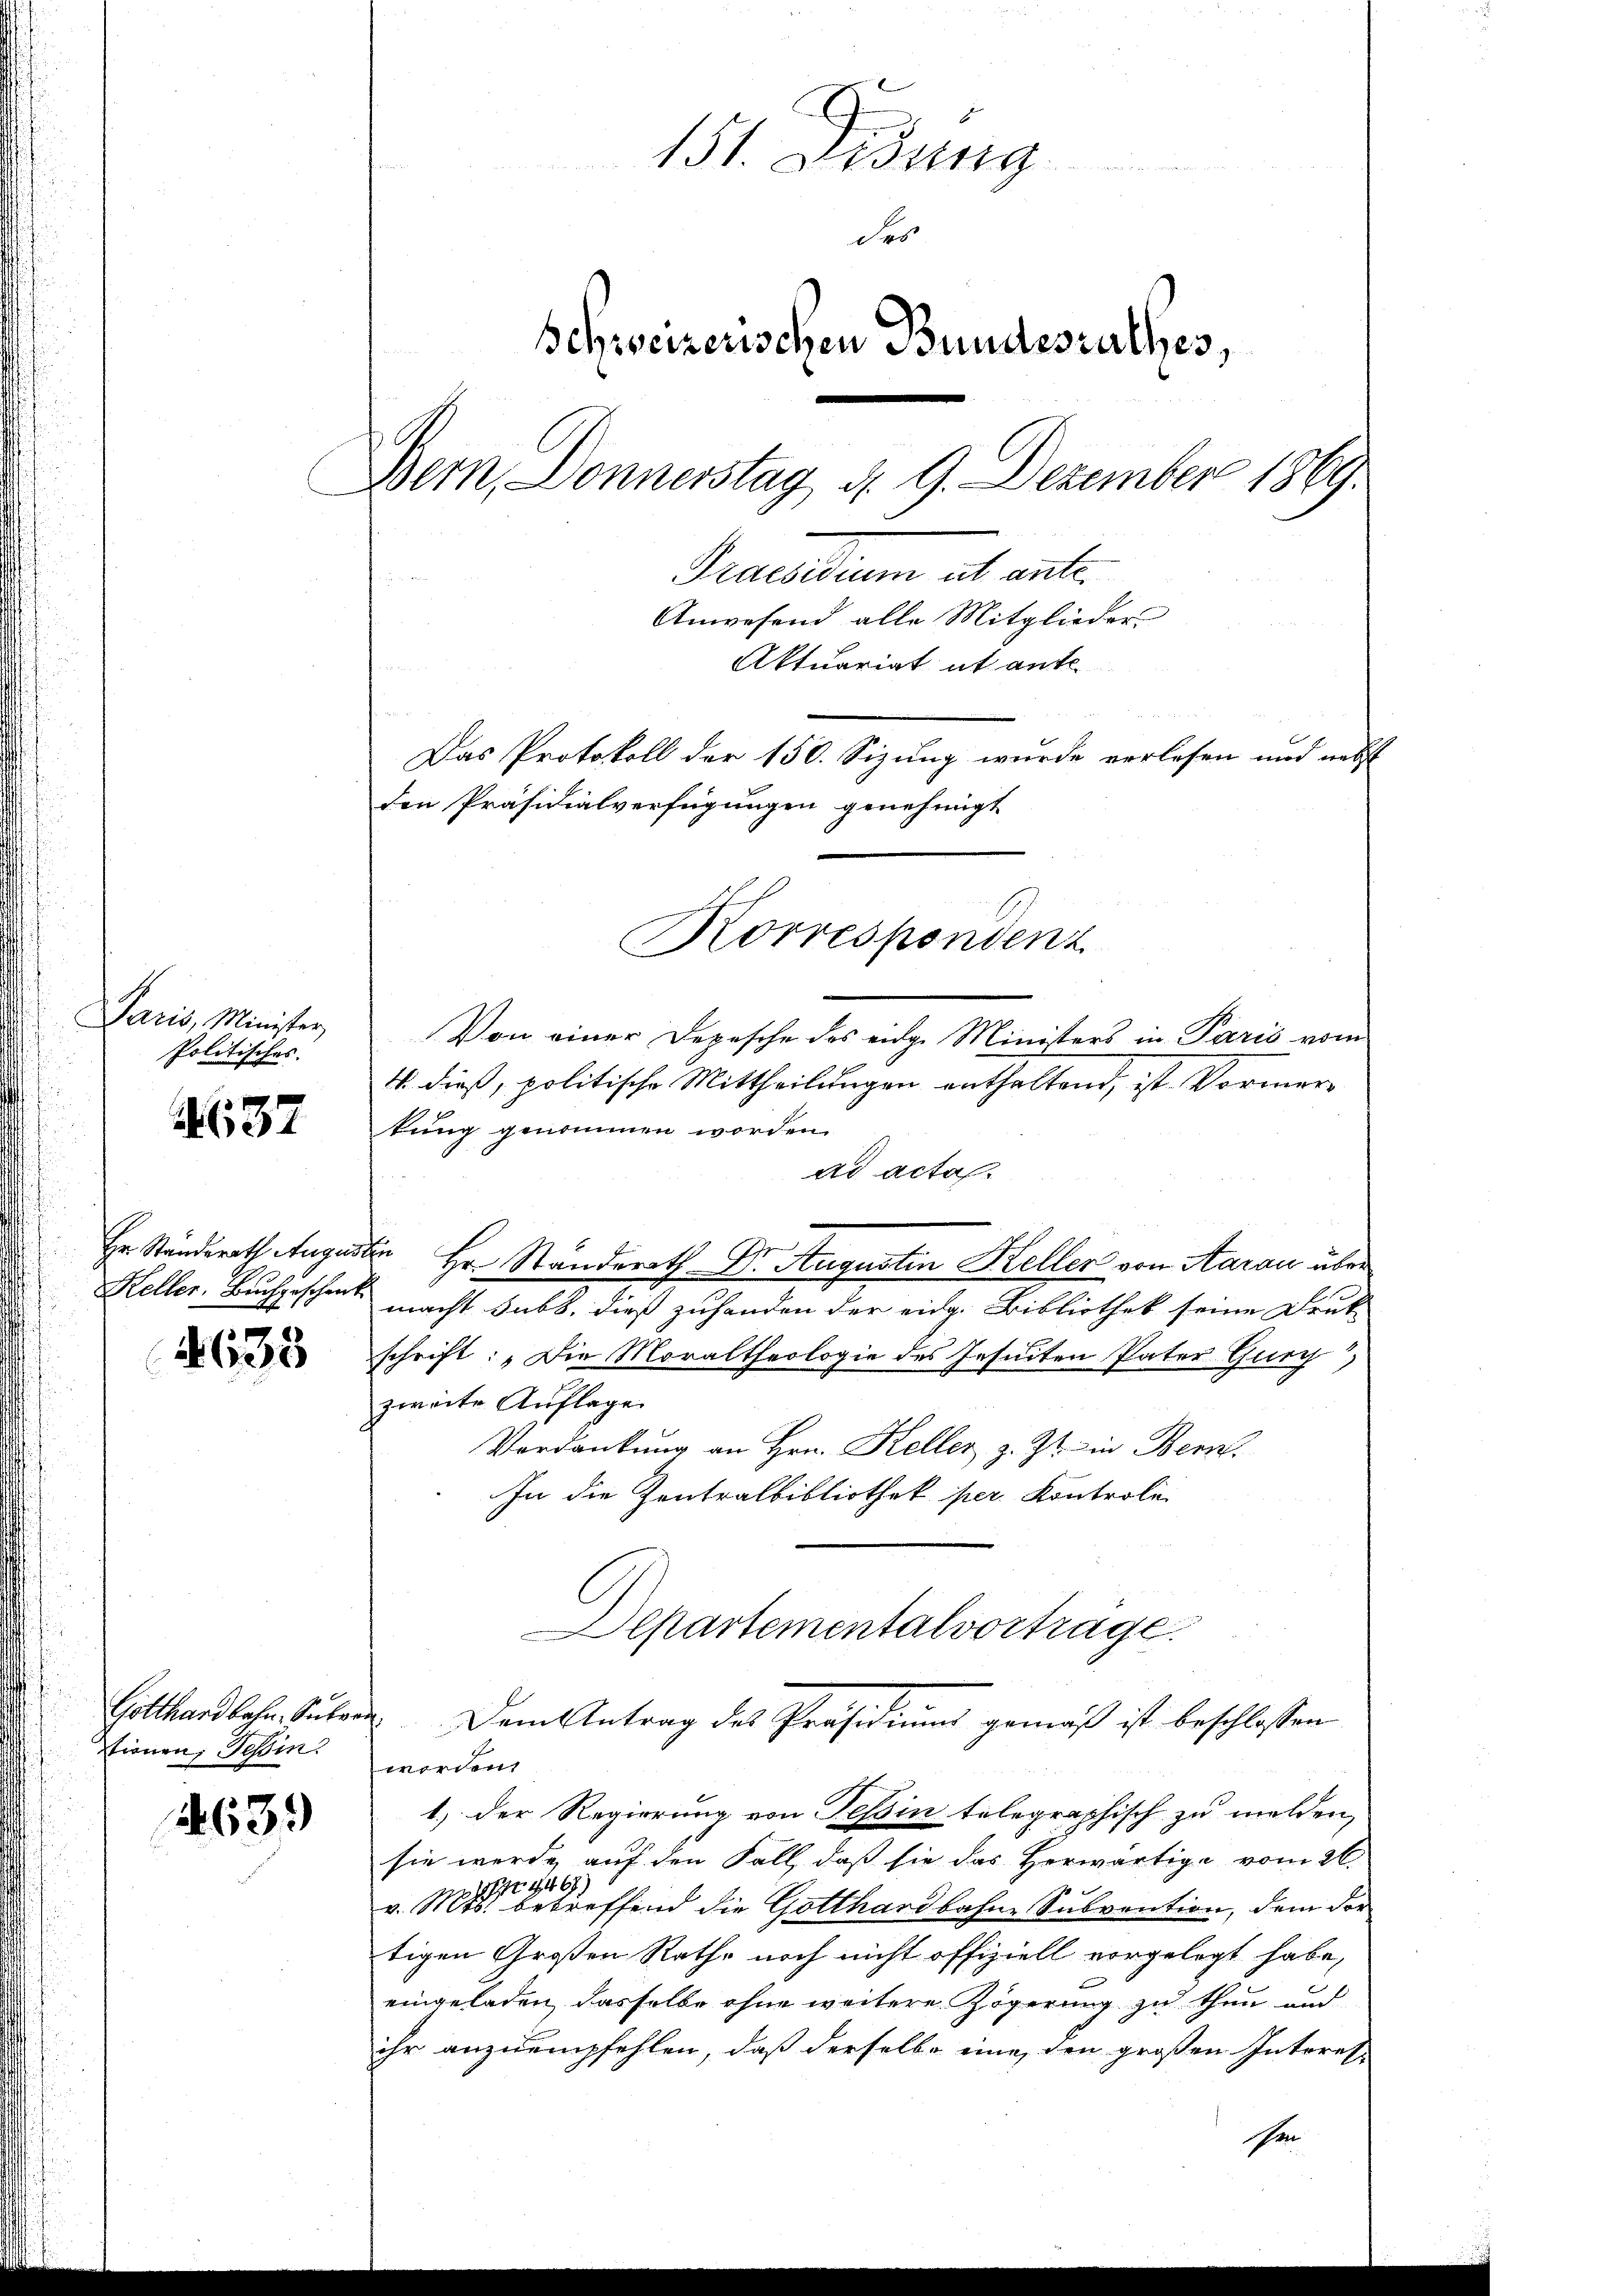
Paris, Minister,
Politisches.

637

Hr. Ständerath August
Keller, Buchgeschenk

4633

Gotthardbahn, Subven
stionen, Tessin.

14639

151. Lesung
des
Schweizerischen Bundesrathes,
Dem Donnerstag, d. 9. Dezember 1869.
Precarium et ant
Anwesend alle Mitglieder-
Aktuariat it ante
Das Protokoll der 150. Sizung wurde verlesen und nebst
den Präsidialverfügungen genehmigt
Korrespondenz

Von einer Depesche des eidge Ministers in Paris vom
4. dieß, politische Mittheilungen enthaltend, ist Vormerkung genommen worden.
ad actas.
 Hr. Standerath Dr. Augustin Keller von Aarau über
macht subs, dieß zuhanden der eidg. Bibliothek seine Druk
schrift: „Die Moraltheologie des Jesuiten Pater Gurg
zweite Auflage
Verdankung an Hrn. Keller z. Zt. in Bern.
In die Zentralbibliothek per Kontrole
Departementalvortrage.
 Dem Antrag des Präsidium gemäß ist beschlossen
worden.
1.) Der Regierung von Teßin telegraphisch zu melden,
sie werde auf den Fall, daß sie das Herwärtige vom 26.
v. M. betreffend die Gotthardbahne Subvention, dem dor
tigen Großen Rathe noch nicht offiziell vorgelegt habe,
eingeladen, dasselbe ohne weitere Zögerung zu thun und
ihr anzuempfehlen, daß derselbe eine, den großen Interes-
schon